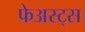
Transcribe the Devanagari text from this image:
फेअस्ट्स